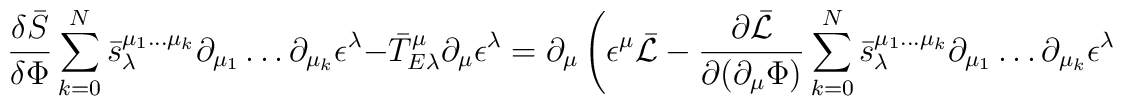
\frac{\delta\bar{S}}{\delta\Phi}\sum_{k=0}^{N}\bar{s}^{\mu_1\dots\mu_k}_\lambda\partial_{\mu_1}\dots\partial_{\mu_k}\epsilon^\lambda-\bar{T}^\mu_{E\lambda}\partial_\mu\epsilon^\lambda=\partial_\mu\left( \epsilon^\mu\bar{{\cal L}}-\frac{\partial\bar{{\cal L}}}{\partial(\partial_\mu\Phi)}\sum_{k=0}^{N}\bar{s}^{\mu_1\dots\mu_k}_\lambda\partial_{\mu_1}\dots\partial_{\mu_k}\epsilon^\lambda\right.